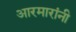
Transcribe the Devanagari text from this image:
आरमारांनी